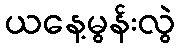
ယနေ့မွန်းလွဲ